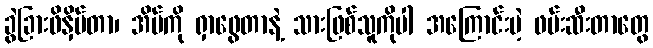
ခွဲခြားဖိနှိပ်တာ၊ အိမ်ကို ရှာဖွေတာနဲ့ သားဖြစ်သူကိုပါ အကြောင်းမဲ့ ဖမ်းဆီးတာတွေ